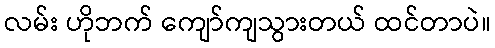
လမ်း ဟိုဘက် ကျော်ကျသွားတယ် ထင်တာပဲ။